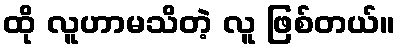
ထို လူဟာမသိတဲ့ လူ ဖြစ်တယ်။